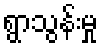
ရွာသွန်းမှု